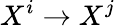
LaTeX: X^{i}\rightarrow X^{j}